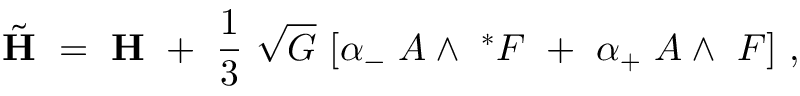
{ \tilde { \bf H } } ~ = ~ { \bf H } ~ + ~ \frac 1 3 ~ \sqrt { G } ~ [ \alpha _ { - } ~ A \wedge ~ ^ { * } F ~ + ~ \alpha _ { + } ~ A \wedge ~ F ] ~ ,